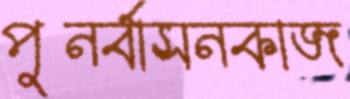
পুনর্বাসনকাজ